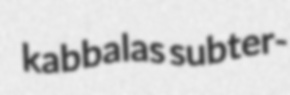
kabbalas subter-